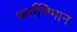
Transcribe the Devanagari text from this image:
धर्माभिमान